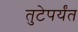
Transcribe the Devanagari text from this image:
तुटेपर्यंत